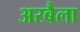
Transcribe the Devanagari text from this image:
अरबैला